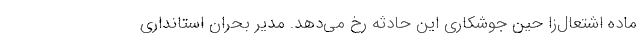
ماده اشتعال‌زا حین جوشکاری این حادثه رخ می‌دهد. مدیر بحران استانداری